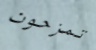
تمزحون